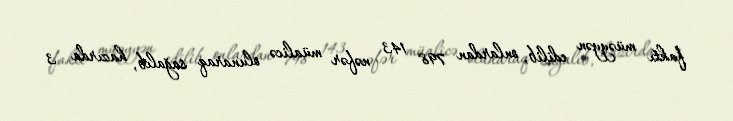
faktı müəyyən edilib, onlardan 798 143 nəfər müalicə olunaraq sağalıb, hazırda 3